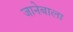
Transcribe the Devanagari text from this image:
जानेबाला